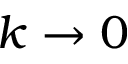
k \rightarrow 0